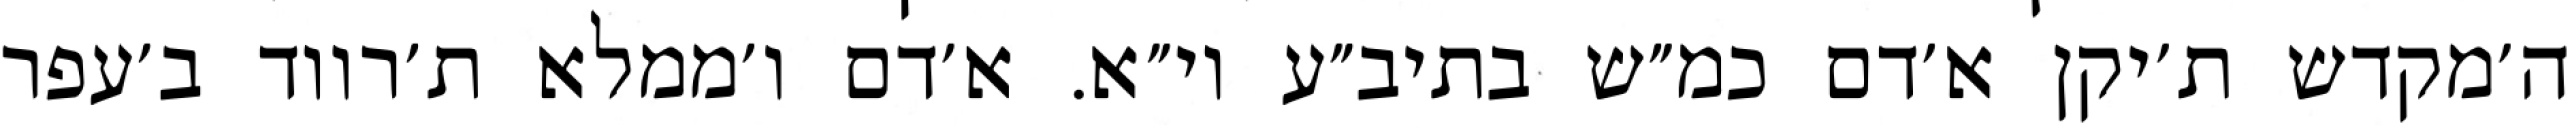
ה׳מקדש ת׳יקן א׳דם כמ״ש בתיב״ע וי״א. א׳דם ו׳ממלא ת׳רווד ב׳עפר